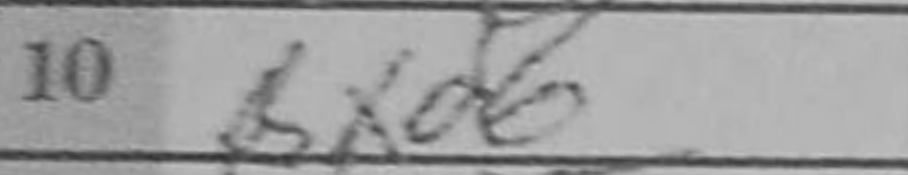
Transcription: Bxd6